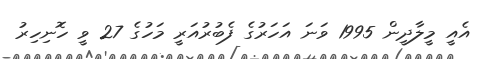
އެއީ މީލާދީން 1995 ވަނަ އަހަރުގެ ފެބުރުއަރީ މަހުގެ 27 ވީ ހޮނިހިރު